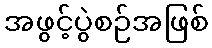
အဖွင့်ပွဲစဉ်အဖြစ်